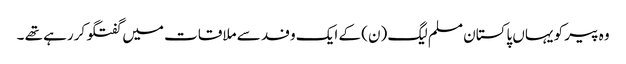
وہ پیر کو یہاں پاکستان مسلم لیگ (ن) کے ایک وفد سے ملاقات میں گفتگو کررہے تھے ۔